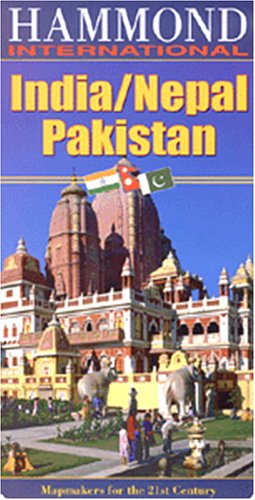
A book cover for India / Nepal & Pakistan 1:4,000,000 Travel Map (Hammond International (Folded Maps)); Hammond; Travel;